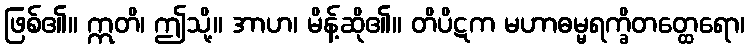
ဖြစ်၏။ ဣတိ၊ ဤသို့။ အာဟ၊ မိန့်ဆို၏။ တိပိဋက မဟာဓမ္မရက္ခိတတ္ထေရော၊